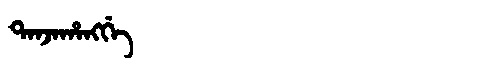
Manchu: ᡨᠠᠨᠵᠠᡥᠠᠩᡤᡝ
Romanization: TANJAHANGGE